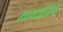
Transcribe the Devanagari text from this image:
भाग्यलिपि